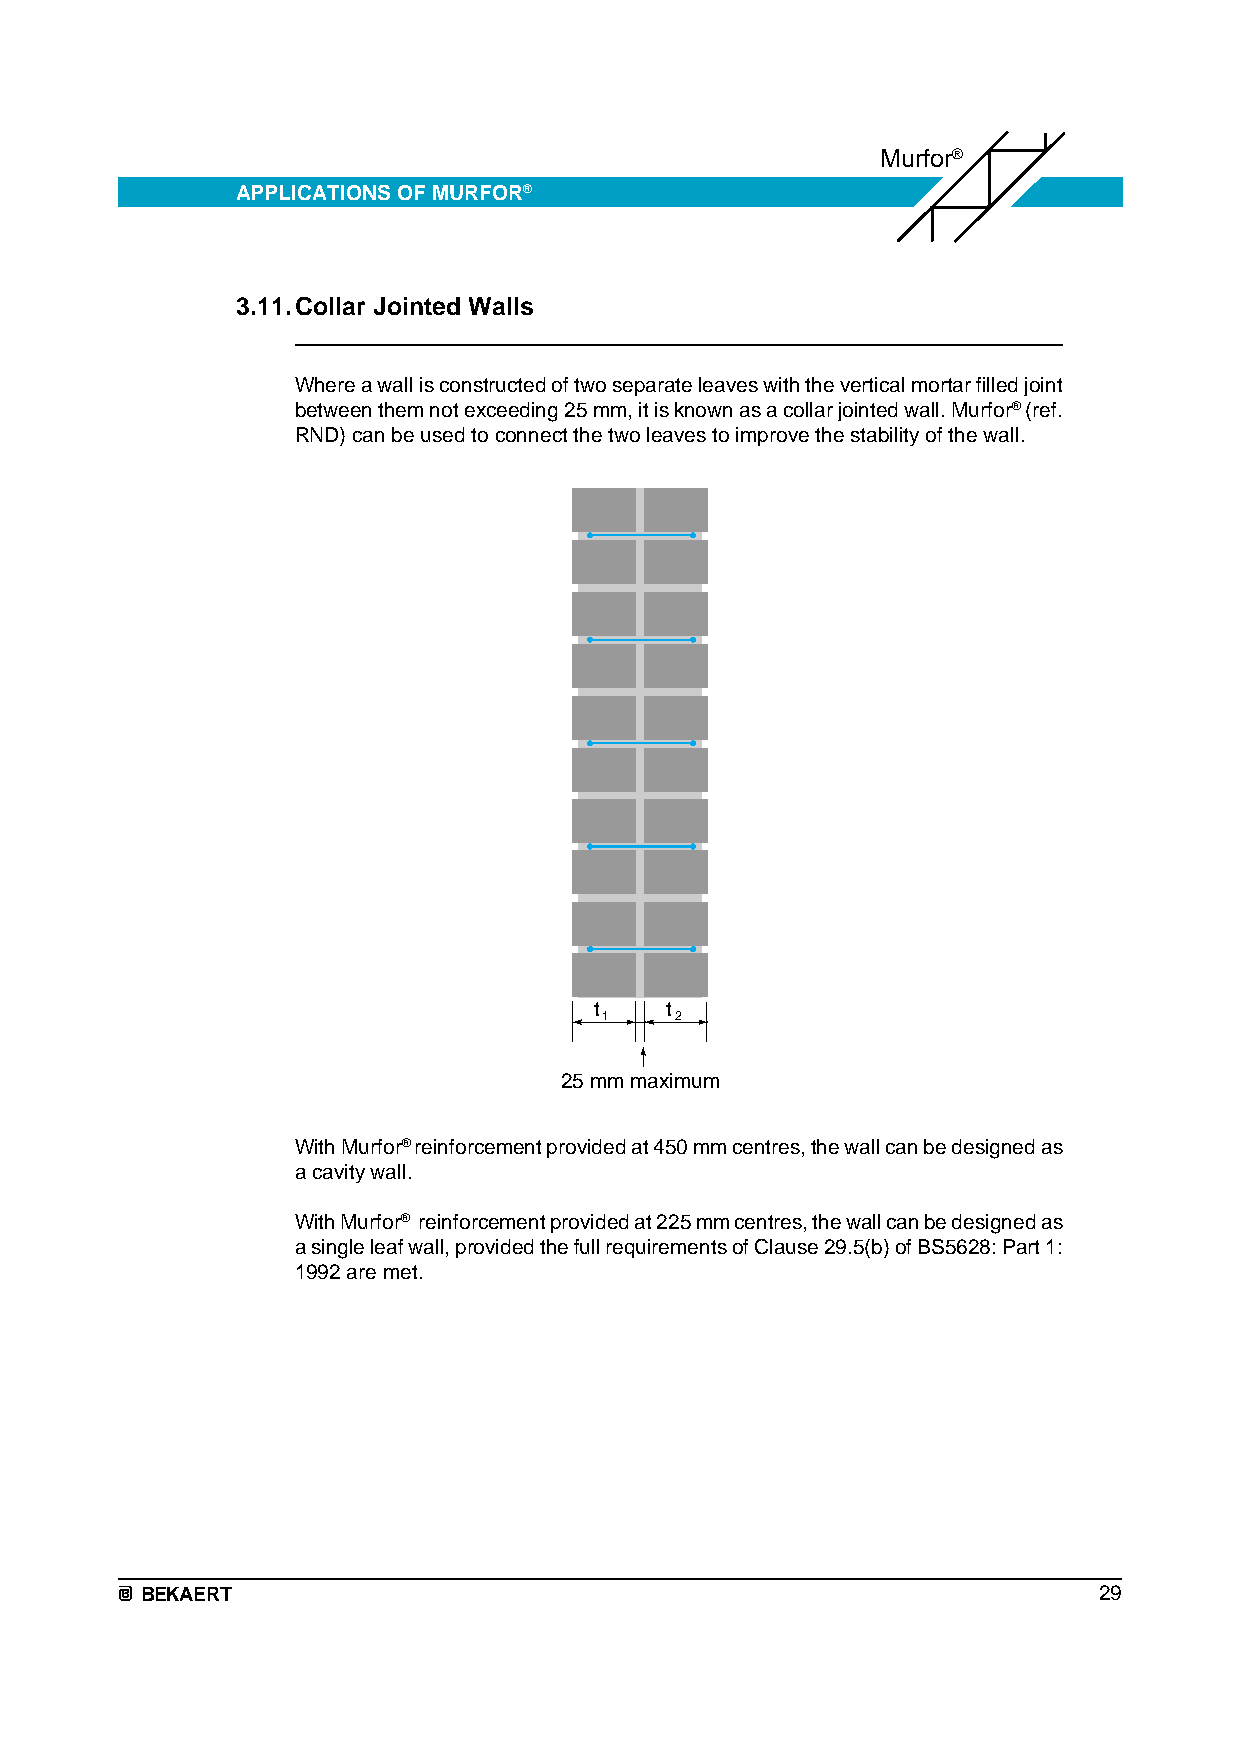
Murfor®
 APPLICATIONS OF MURFOR®
 3.11.Collar Jointed Walls
 Where a wall is constructed of two separate leaves with the vertical mortar filled joint
 between them not exceeding 25 mm, it is known as a collar jointed wall. Murfor® (ref.
 RND) can be used to connect the two leaves to improve the stability of the wall.
 t    t
 1    2
 25 mm maximum
 With Murfor® reinforcement provided at 450 mm centres, the wall can be designed as
 a cavity wall.
 With Murfor® reinforcement provided at 225 mm centres, the wall can be designed as
 a single leaf wall, provided the full requirements of Clause 29.5(b) of BS5628: Part 1:
 1992 are met.
 BEKAERT                                                         29